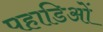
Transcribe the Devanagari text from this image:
पहाडिओं